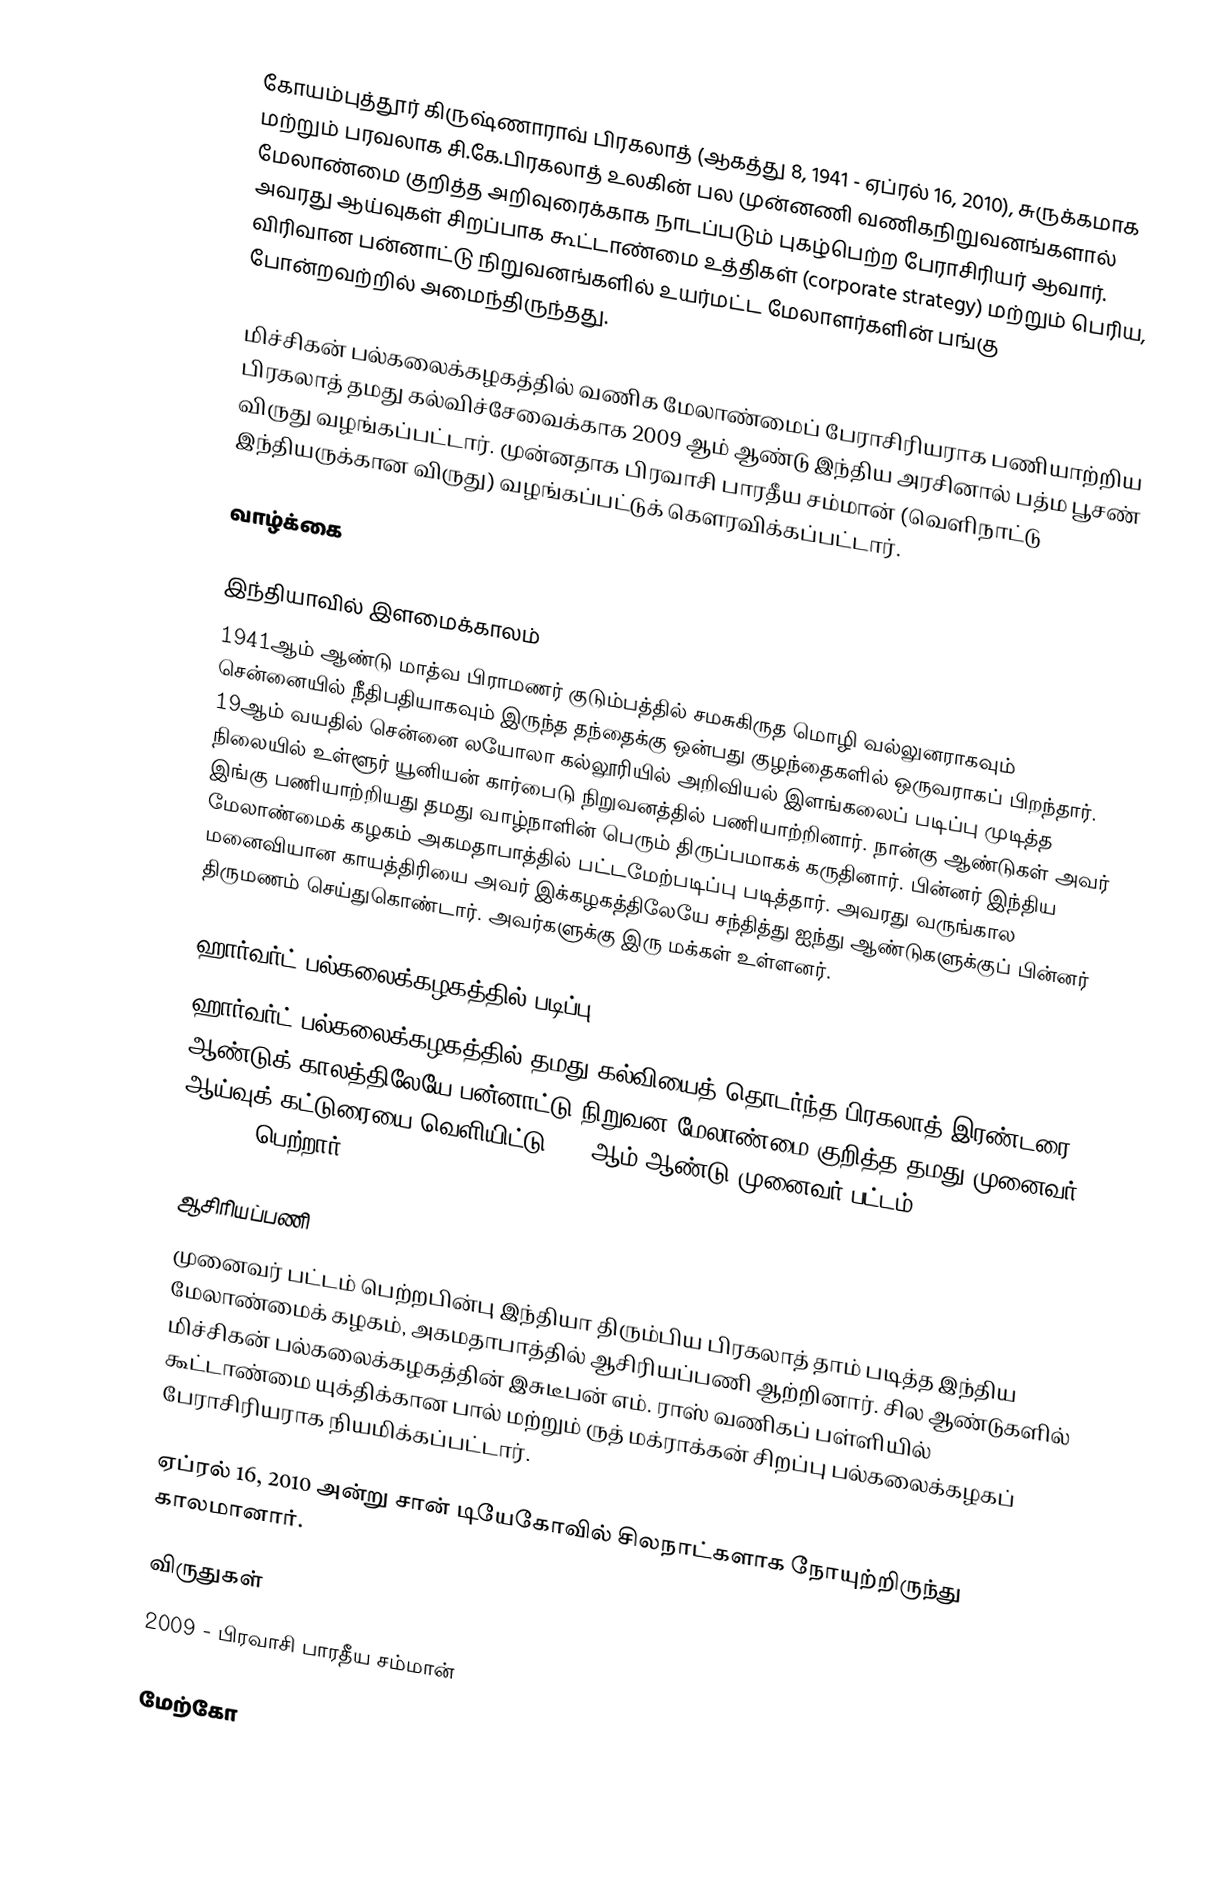
கோயம்புத்தூர் கிருஷ்ணாராவ் பிரகலாத் (ஆகத்து 8, 1941 - ஏப்ரல் 16, 2010), சுருக்கமாக மற்றும் பரவலாக சி.கே.பிரகலாத்  உலகின் பல முன்னணி வணிகநிறுவனங்களால் மேலாண்மை குறித்த அறிவுரைக்காக நாடப்படும் புகழ்பெற்ற பேராசிரியர் ஆவார். அவரது ஆய்வுகள்  சிறப்பாக கூட்டாண்மை உத்திகள் (corporate  strategy) மற்றும் பெரிய, விரிவான பன்னாட்டு நிறுவனங்களில் உயர்மட்ட மேலாளர்களின் பங்கு போன்றவற்றில் அமைந்திருந்தது.

மிச்சிகன் பல்கலைக்கழகத்தில் வணிக மேலாண்மைப் பேராசிரியராக பணியாற்றிய பிரகலாத் தமது கல்விச்சேவைக்காக 2009 ஆம் ஆண்டு இந்திய அரசினால் பத்ம பூசண்  விருது வழங்கப்பட்டார். முன்னதாக பிரவாசி பாரதீய சம்மான் (வெளிநாட்டு இந்தியருக்கான விருது) வழங்கப்பட்டுக் கௌரவிக்கப்பட்டார்.

வாழ்க்கை

இந்தியாவில் இளமைக்காலம்
1941ஆம் ஆண்டு  மாத்வ பிராமணர் குடும்பத்தில் சமசுகிருத மொழி வல்லுனராகவும் சென்னையில் நீதிபதியாகவும் இருந்த தந்தைக்கு ஒன்பது குழந்தைகளில் ஒருவராகப் பிறந்தார். 19ஆம் வயதில் சென்னை லயோலா கல்லூரியில் அறிவியல் இளங்கலைப் படிப்பு முடித்த நிலையில் உள்ளூர் யூனியன் கார்பைடு நிறுவனத்தில் பணியாற்றினார். நான்கு ஆண்டுகள் அவர் இங்கு பணியாற்றியது தமது வாழ்நாளின் பெரும் திருப்பமாகக் கருதினார். பின்னர் இந்திய மேலாண்மைக் கழகம் அகமதாபாத்தில் பட்டமேற்படிப்பு படித்தார்.  அவரது வருங்கால மனைவியான காயத்திரியை அவர் இக்கழகத்திலேயே சந்தித்து ஐந்து ஆண்டுகளுக்குப் பின்னர் திருமணம் செய்துகொண்டார். அவர்களுக்கு இரு மக்கள் உள்ளனர்.

ஹார்வர்ட் பல்கலைக்கழகத்தில் படிப்பு
ஹார்வர்ட் பல்கலைக்கழகத்தில் தமது கல்வியைத் தொடர்ந்த பிரகலாத் இரண்டரை ஆண்டுக் காலத்திலேயே பன்னாட்டு நிறுவன மேலாண்மை குறித்த தமது முனைவர் ஆய்வுக் கட்டுரையை வெளியிட்டு 1975ஆம் ஆண்டு முனைவர் பட்டம் (D.B.A.)பெற்றார்.

ஆசிரியப்பணி
முனைவர் பட்டம் பெற்றபின்பு இந்தியா திரும்பிய பிரகலாத் தாம் படித்த இந்திய மேலாண்மைக் கழகம், அகமதாபாத்தில் ஆசிரியப்பணி ஆற்றினார். சில ஆண்டுகளில் மிச்சிகன் பல்கலைக்கழகத்தின் இசுடீபன் எம். ராஸ் வணிகப் பள்ளியில் கூட்டாண்மை யுக்திக்கான பால் மற்றும் ருத் மக்ராக்கன் சிறப்பு பல்கலைக்கழகப் பேராசிரியராக  நியமிக்கப்பட்டார்.

ஏப்ரல் 16, 2010 அன்று சான் டியேகோவில் சிலநாட்களாக நோயுற்றிருந்து காலமானார்.

விருதுகள்
 2009 - பிரவாசி பாரதீய சம்மான்

மேற்கோ